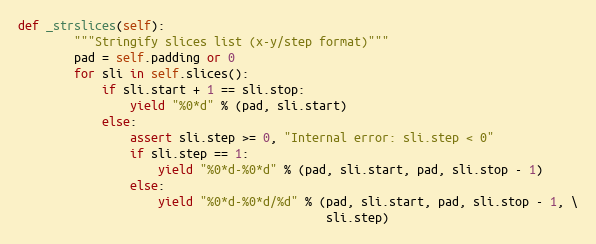
Language: Python
def _strslices(self):
        """Stringify slices list (x-y/step format)"""
        pad = self.padding or 0
        for sli in self.slices():
            if sli.start + 1 == sli.stop:
                yield "%0*d" % (pad, sli.start)
            else:
                assert sli.step >= 0, "Internal error: sli.step < 0"
                if sli.step == 1:
                    yield "%0*d-%0*d" % (pad, sli.start, pad, sli.stop - 1)
                else:
                    yield "%0*d-%0*d/%d" % (pad, sli.start, pad, sli.stop - 1, \
                                            sli.step)